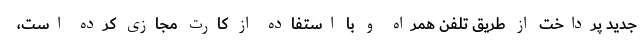
جدید پرداخت از طریق تلفن همراه و با استفاده از کارت مجازی کرده است،